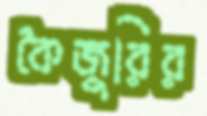
কৈজুরির